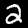
Digit: 2